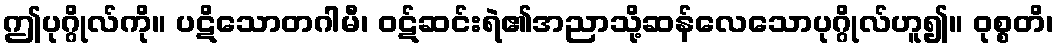
ဤပုဂ္ဂိုလ်ကို။ ပဋိသောတဂါမီ၊ ဝဋ်ဆင်းရဲ၏အညာသို့ဆန်လေသောပုဂ္ဂိုလ်ဟူ၍။ ဝုစ္စတိ၊